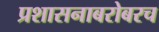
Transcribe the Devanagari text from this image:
प्रशासनाबरोबरच